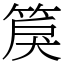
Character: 䈆